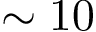
\sim 1 0